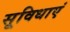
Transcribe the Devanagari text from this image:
सूविधाएं